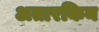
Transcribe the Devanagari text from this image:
अतारकिन